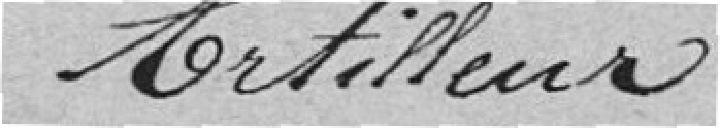
Artilleur